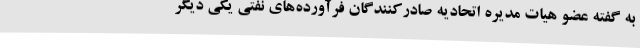
به گفته عضو هیات مدیره اتحادیه صادرکنندگان فرآورده‌های نفتی یکی دیگر